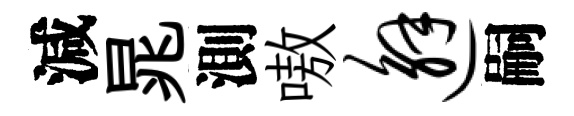
減晁測嗷邂嗣